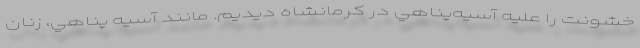
خشونت را عليه آسيه‌پناهي در كرمانشاه ديديم. مانند آسيه پناهي، زنان